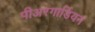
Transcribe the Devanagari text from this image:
पीअरगार्डियन